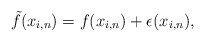
\begin{align*}\tilde{f}(x_{i,n})=f(x_{i,n})+\epsilon(x_{i,n}),\end{align*}